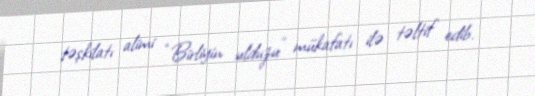
təşkilatı alimi “Birliyin ulduzu” mükafatı ilə təltif edib.